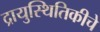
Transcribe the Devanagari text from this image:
द्रायुस्थितिकीचे